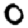
Digit: 0